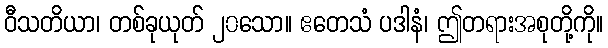
ဝီသတိယာ၊ တစ်ခုယုတ် ၂၀သော။ ဧတေသံ ပဒါနံ၊ ဤတရားအစုတို့ကို။